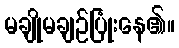
မချိုမချဉ်ပြုံးနေ၏။